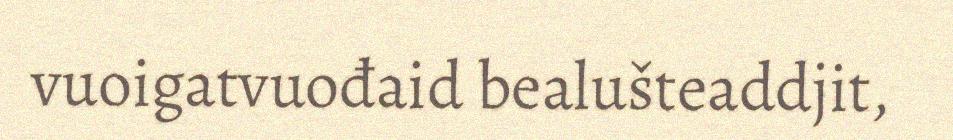
vuoigatvuođaid bealušteaddjit,